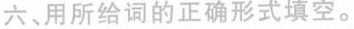
六、用所给词的正确形式填空.